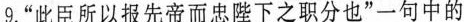
9.”此臣所以报先帝而忠陛下之职分也”一句中的